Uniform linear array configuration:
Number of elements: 4
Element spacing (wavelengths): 0.25
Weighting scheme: hamming
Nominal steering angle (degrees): -15
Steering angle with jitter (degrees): -15.347
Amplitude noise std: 0.05
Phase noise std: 0.05

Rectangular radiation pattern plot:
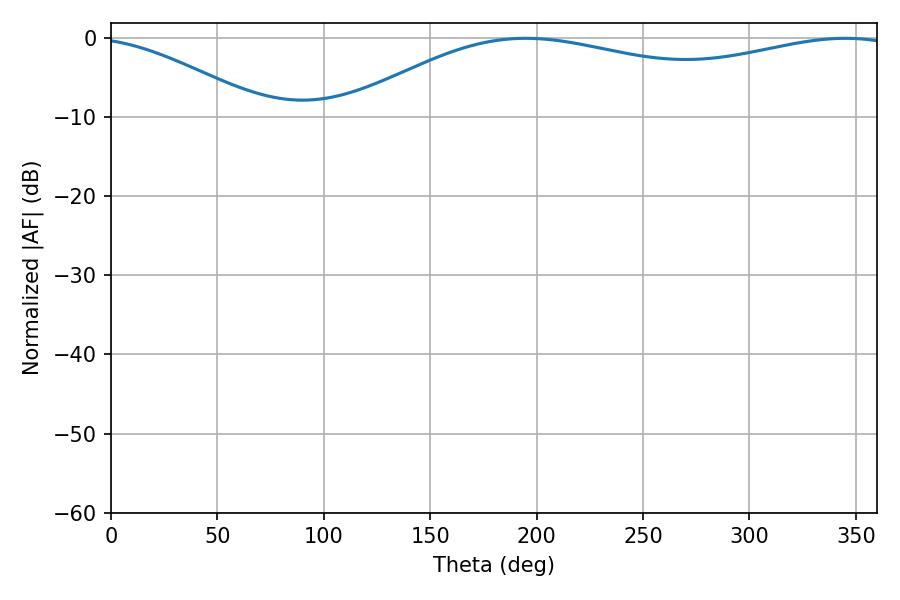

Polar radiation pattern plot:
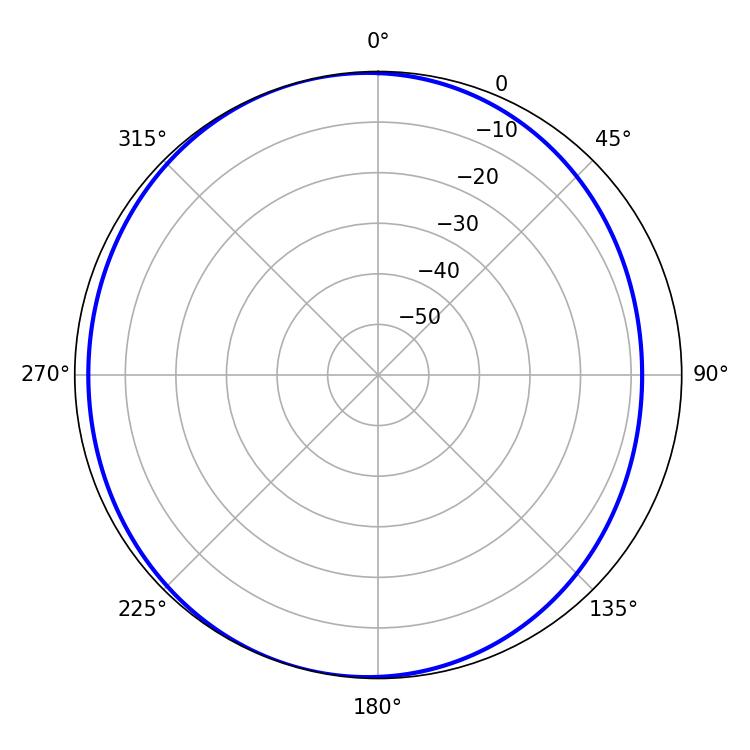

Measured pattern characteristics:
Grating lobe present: FALSE
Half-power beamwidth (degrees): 212.22
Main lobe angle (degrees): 194.94